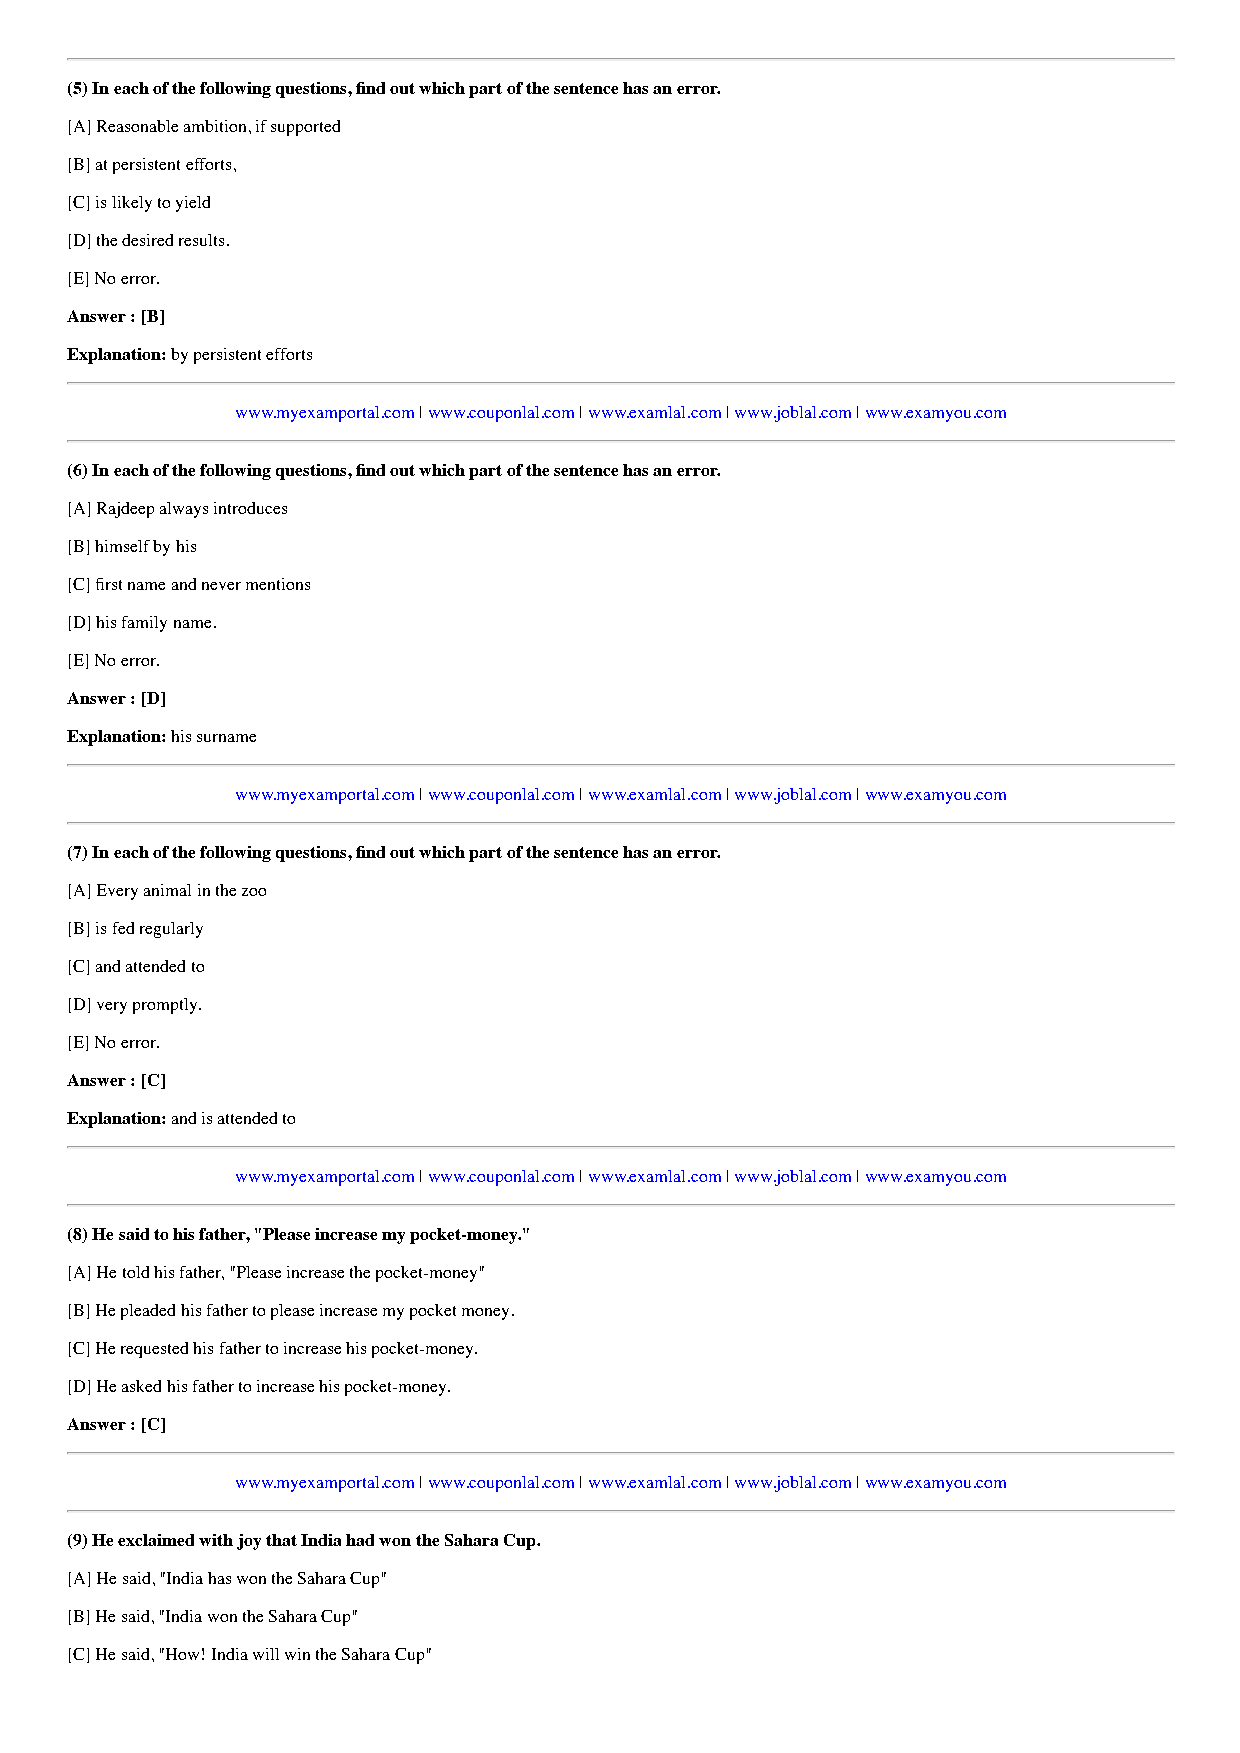
(5) In each of the following questions, find out which part of the sentence has an error.
 [A] Reasonable ambition, if supported
 [B] at persistent efforts,
 [C] is likely to yield
 [D] the desired results.
 [E] No error.
 Answer : [B]
 Explanation: by persistent efforts
 www.myexamportal.com | www.couponlal.com | www.examlal.com | www.joblal.com | www.examyou.com
 (6) In each of the following questions, find out which part of the sentence has an error.
 [A] Rajdeep always introduces
 [B] himself by his
 [C] first name and never mentions
 [D] his family name.
 [E] No error.
 Answer : [D]
 Explanation: his surname
 www.myexamportal.com | www.couponlal.com | www.examlal.com | www.joblal.com | www.examyou.com
 (7) In each of the following questions, find out which part of the sentence has an error.
 [A] Every animal in the zoo
 [B] is fed regularly
 [C] and attended to
 [D] very promptly.
 [E] No error.
 Answer : [C]
 Explanation: and is attended to
 www.myexamportal.com | www.couponlal.com | www.examlal.com | www.joblal.com | www.examyou.com
 (8) He said to his father, "Please increase my pocket-money."
 [A] He told his father, "Please increase the pocket-money"
 [B] He pleaded his father to please increase my pocket money.
 [C] He requested his father to increase his pocket-money.
 [D] He asked his father to increase his pocket-money.
 Answer : [C]
 www.myexamportal.com | www.couponlal.com | www.examlal.com | www.joblal.com | www.examyou.com
 (9) He exclaimed with joy that India had won the Sahara Cup.
 [A] He said, "India has won the Sahara Cup"
 [B] He said, "India won the Sahara Cup"
 [C] He said, "How! India will win the Sahara Cup"